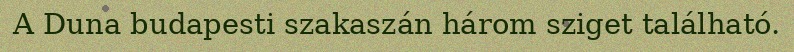
A Duna budapesti szakaszán három sziget található.